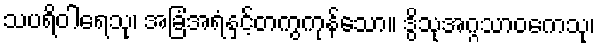
သပရိဝါရေသု၊ အခြံအရံနှင့်တကွကုန်သော။ ဒွိသုအဂ္ဂသာဝကေသု၊